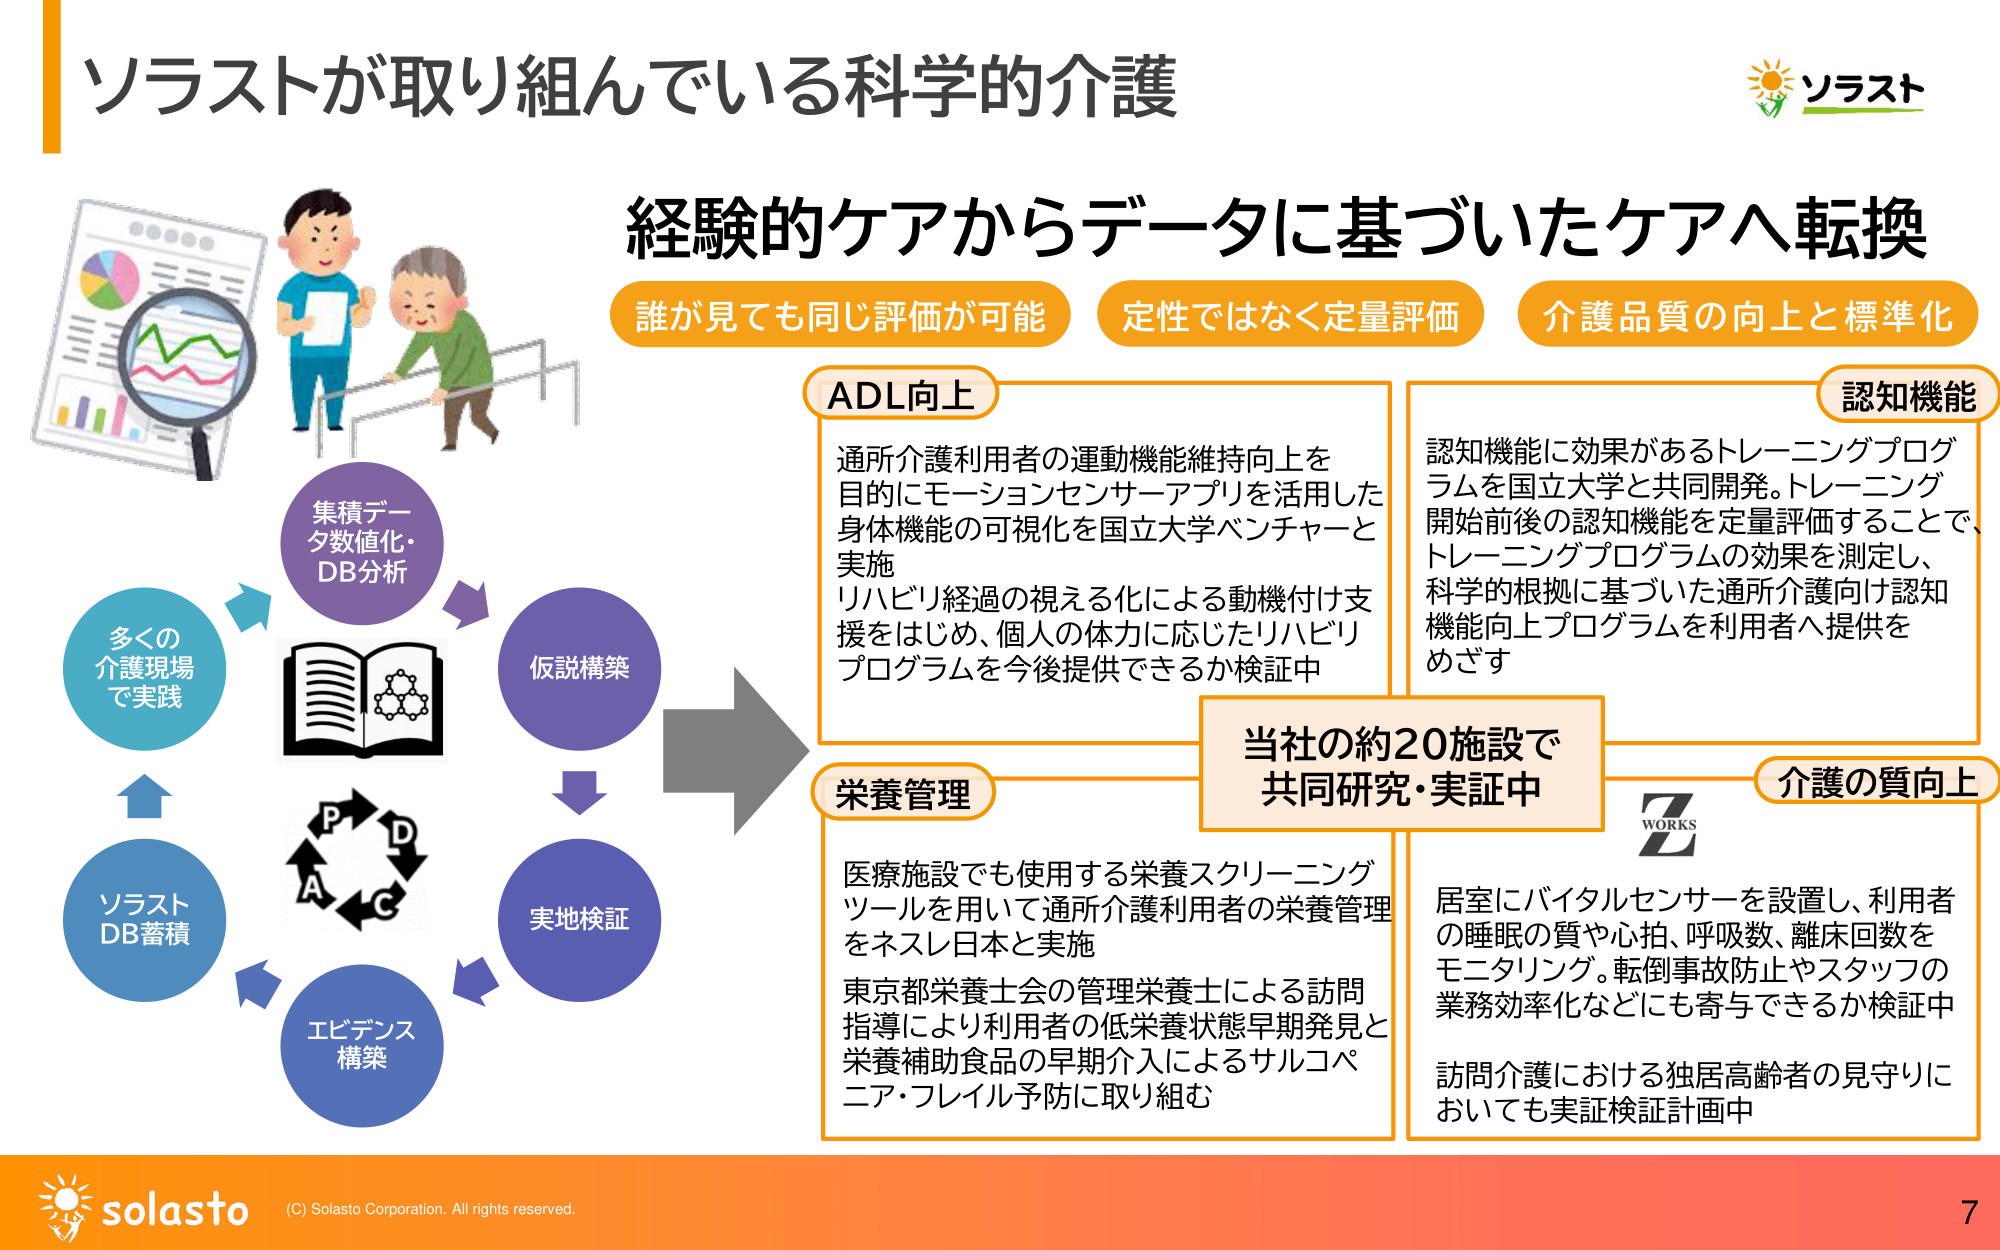
ソラストが取り組んでいる科学的介護
ソラスト

経験的ケアからデータに基づいたケアへ転換
誰が見ても同じ評価が可能
定性ではなく定量評価
介護品質の向上と標準化

ADL向上
通所介護利用者の運動機能維持向上を
目的にモーションセンサーアプリを活用した
身体機能の可視化を国立大学ベンチャーと
実施
リハビリ経過の見える化による動機付け支援をはじめ、個人の体力に応じたリハビリ
プログラムを今後提供できるか検証中

認知機能
認知機能に効果があるトレーニングプログラムを国立大学と共同開発。トレーニング
開始前後の認知機能を定量評価することで、
トレーニングプログラムの効果を測定し、
科学的根拠に基づいた通所介護向け認知
機能向上プログラムを利用者へ提供を
めざす

栄養管理
医療施設でも使用する栄養スクリーニング
ツールを用いて通所介護利用者の栄養管理
をネスレ日本と実施
東京都栄養士会の管理栄養士による訪問
指導により利用者の低栄養状態早期発見と
栄養補助食品の早期介入によるサルコペ
ニア・フレイル予防に取り組む

介護の質向上
居室にバイタルセンサーを設置し、利用者
の睡眠の質や心拍、呼吸数、離床回数を
モニタリング。転倒事故防止やスタッフの
業務効率化などにも寄与できるか検証中
訪問介護における独居高齢者の見守りに
おいても実証検証計画中

当社の約20施設で
共同研究・実証中
Z WORKS

集積データ数値化・DB分析
仮説構築
実地検証
エビデンス構築
ソラストDB蓄積
多くの介護現場で実践
P D C A

solasto
(C) Solasto Corporation. All rights reserved.
7